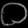
Digit: ၀